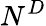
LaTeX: N^{D}